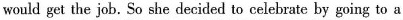
would get the job. So she decided to celebrate by going to a